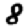
Digit: 8